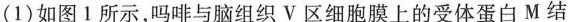
(1)如图1所示，吗啡与脑组织V区细胞膜上的受体蛋白M结